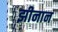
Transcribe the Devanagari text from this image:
झीनान